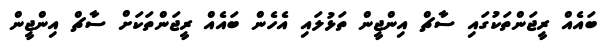
ބައެއް ރީޖަންތަކުގައި ސާޗް އިންޖީން ތަޅުލައި އެހެން ބައެއް ރީޖަންތަކަށް ސާޗް އިންޖީން